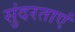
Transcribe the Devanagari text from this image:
सुंदरताएं